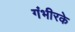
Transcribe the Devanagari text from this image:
गंभीरके